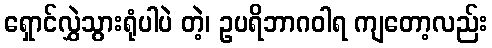
ရှောင်လွှဲသွားရုံပါပဲ တဲ့၊ ဥပရိဘာဂဝါရ ကျတော့လည်း